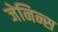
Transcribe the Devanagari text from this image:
जेनिन्स